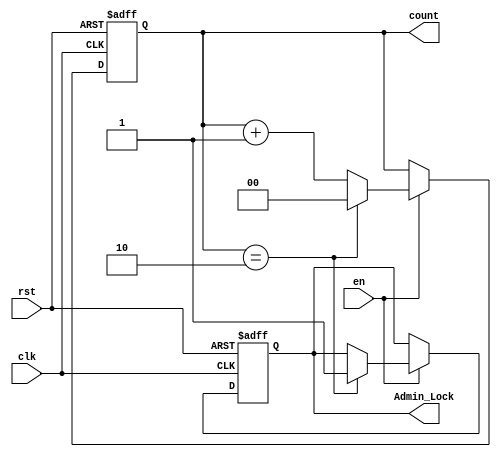
module Count_2_Proj(clk,rst,en,count,Admin_Lock);
input clk,rst,en;
output[1:0] count;
reg [1: 0]count_temp;
output reg Admin_Lock;

always@(posedge clk or posedge rst)
begin
if(rst)
begin
count_temp<=2'b00;
Admin_Lock<=1'b0;
end
else
if(en)
begin
if(count_temp==2'b10)
begin
Admin_Lock<=1'b1;
count_temp<=2'b00;
end
else
count_temp<=count_temp+2'b01;
end
end

assign count=count_temp;
endmodule